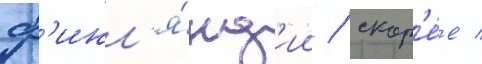
ф'инл'я́нд'ии / скор'е́е /